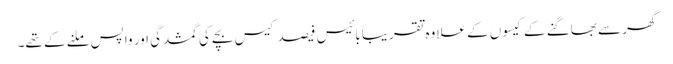
گھر سے بھاگنے کے کیسوں کے علاوہ تقریباً بائیس فیصد کیس بچے کی گمشدگی اور واپس ملنے کے تھے۔